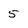
Character: 5